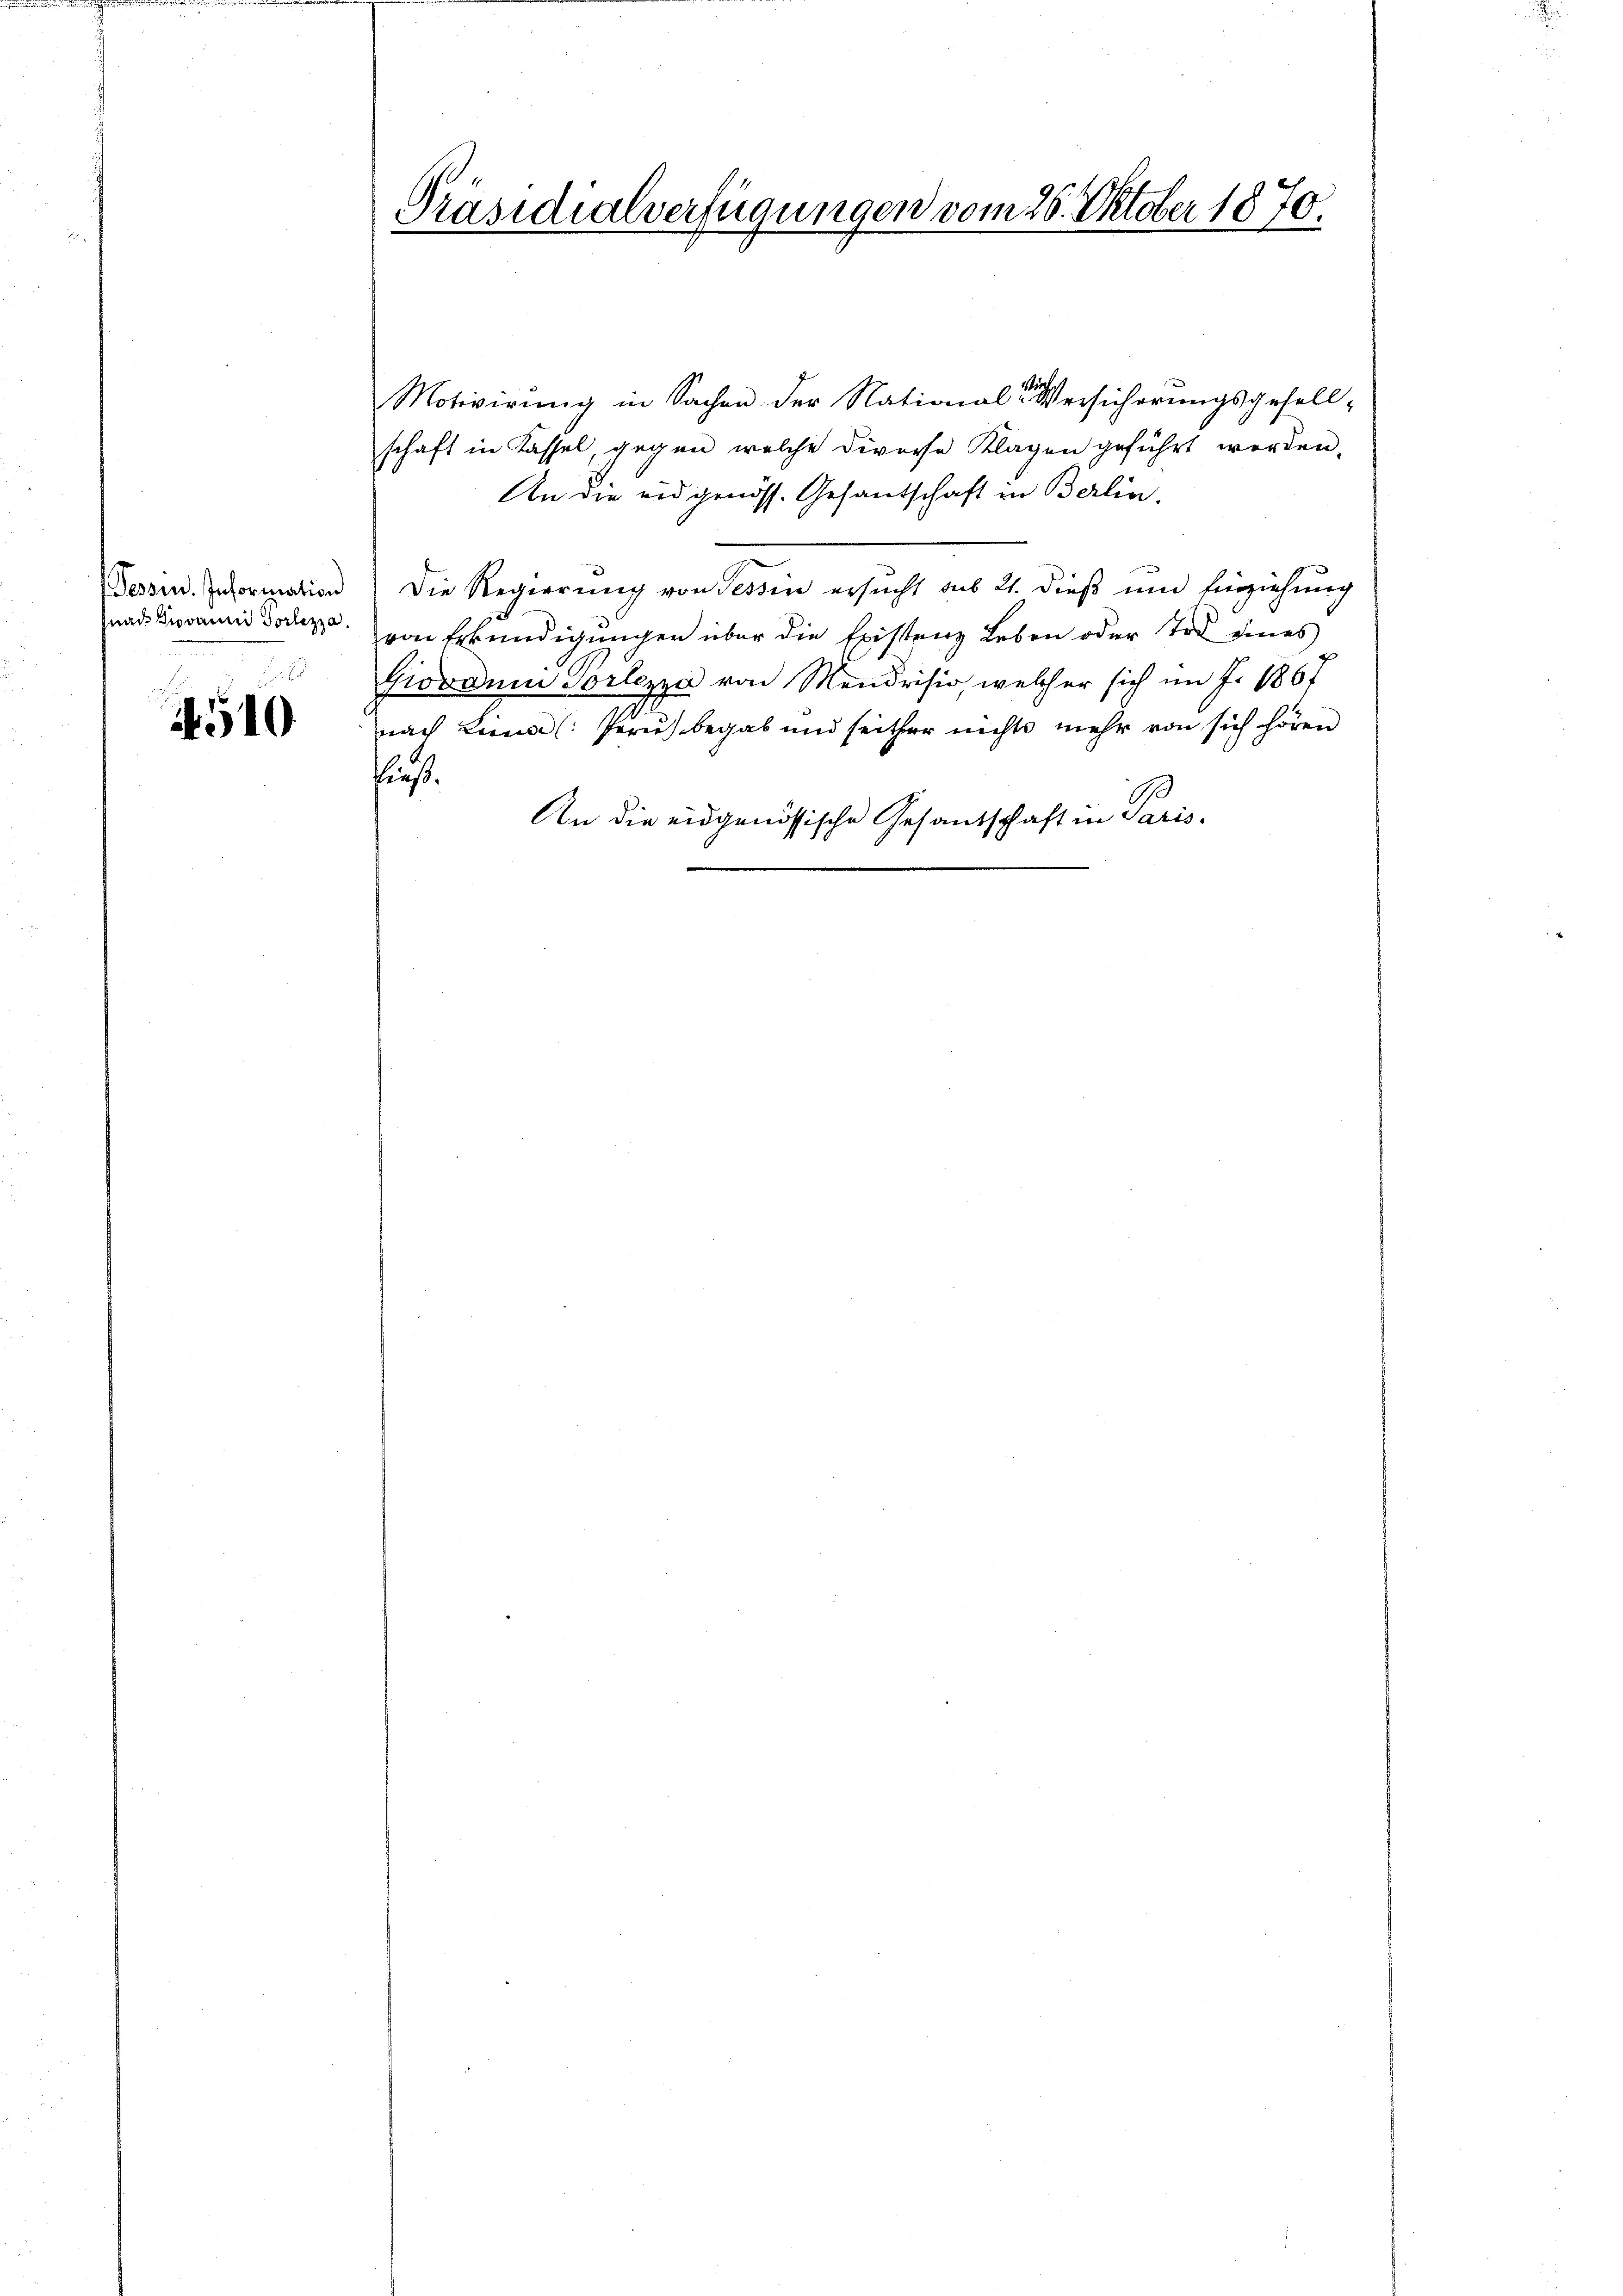
Tessin. Information
Gnade Giovanni Vorlezza.

4510

Präsidialverfügungen vom 26. Oktober 1870.

Motivirung in Sachen der National-Versicherungsgesell-
schaft in Kassel, gegen welche divorse Klagen geführt werden.
An die eidgenöss. Gesandschaft in Berlin.
Die Regierung von Tessin ersucht aus 21. dieß und Einziehung
von Erkŭndigŭngen über die Existenz Leben oder Tod eines
Gioodum Vorlezza von Mendrisio welcher sich im J. 1867
nach Lina (Perus begab und seither nichts mehr von sich hören
ließ.
An die eidgenössische Gesandschaft in Paris,